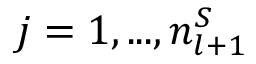
j = 1 , . . . , n _ { l + 1 } ^ { S }